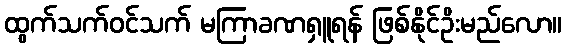
ထွက်သက်ဝင်သက် မကြာခဏရှူရန် ဖြစ်နိုင်ဥိးမည်လော။